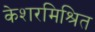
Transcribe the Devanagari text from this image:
केशरमिश्रित